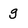
Character: g